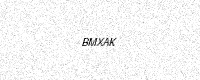
Text: BMXAK